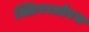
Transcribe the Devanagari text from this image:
क्लियरओएस